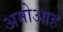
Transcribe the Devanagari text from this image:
अमोआह